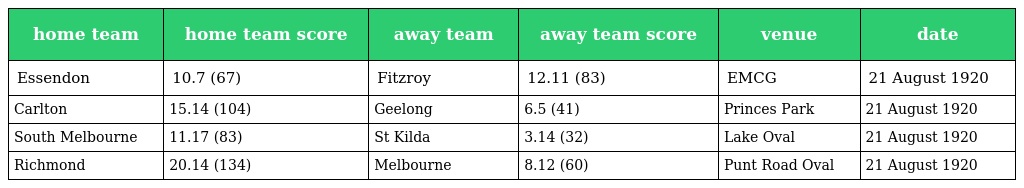
| home team | home team score | away team | away team score | venue | date |
 | --- | --- | --- | --- | --- | --- |
 | Essendon | 10.7 (67) | Fitzroy | 12.11 (83) | EMCG | 21 August 1920 |
 | Carlton | 15.14 (104) | Geelong | 6.5 (41) | Princes Park | 21 August 1920 |
 | South Melbourne | 11.17 (83) | St Kilda | 3.14 (32) | Lake Oval | 21 August 1920 |
 | Richmond | 20.14 (134) | Melbourne | 8.12 (60) | Punt Road Oval | 21 August 1920 |